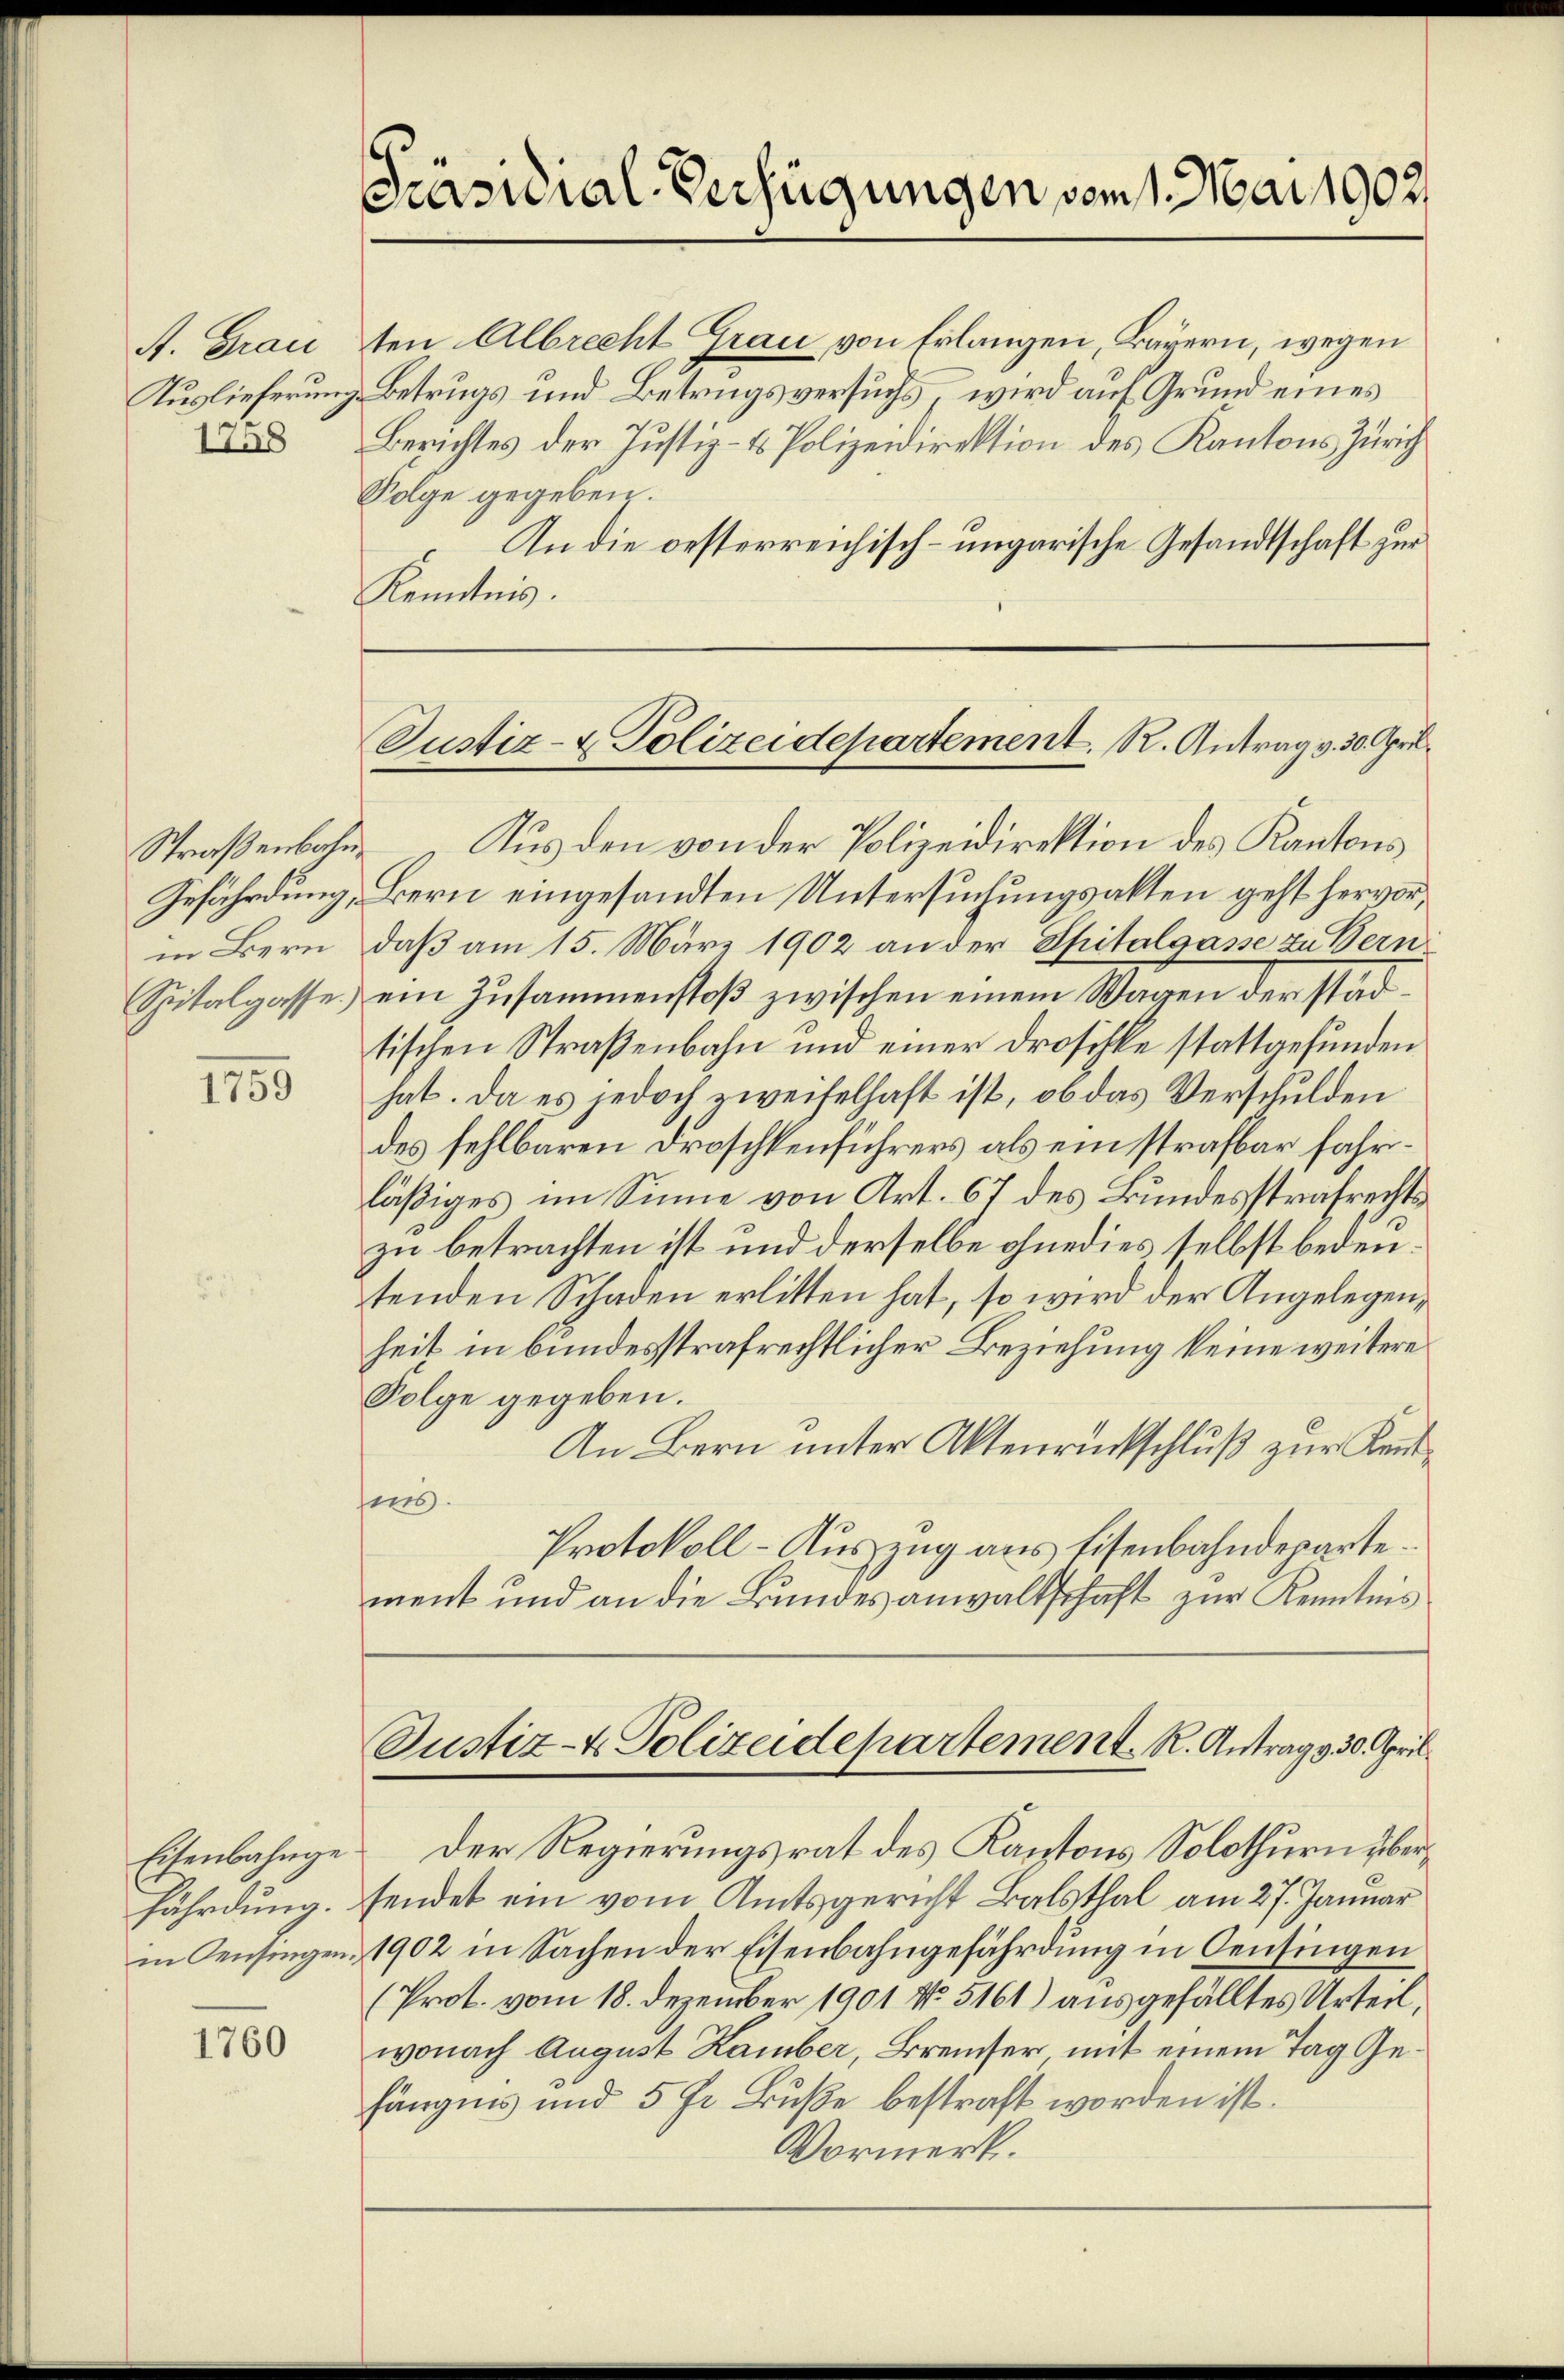
A. Grau
1758

in Bern
Spitalgasse

1759

Eisenbahnge
fährdung.
in Censingen.

1760

Präsidial-Verfügungen vom 1. Mai 1902.

ten Albrecht Grau von Erlangen, Bayern, wegen
Tuslieferung Betrugs und Betrugsversuchs, wird auf Grund eines
Berichtes der Justiz- & Polizeidirektion des Kantons Zürich
Folge gegeben.
An die oesterreichisch-ungarische Gesandtschaft zur
Kenntnis.

Justiz- & Polizeidepartement. R. Antrag v. 30. April.

Straßenbahn. Aus den von der Polizeidirektion des Kantons
Gefährdung, Bern eingesandten Untersuchungsakten geht hervor,
daß am 15. März 1902 an der Spitalgasse zu Bern
ein Zusammenstoβ zwischen einem Wagen der städtischen Straßenbahn und einer Droschke stattgefunden
hat. Da es jedoch zweifelhaft ist, ob das Verschulden
des fehlbaren Droschkenführers als ein strafbar fahrläßiges im Sinne von Art. 67 des Bundesstrafrechts
zu betrachten ist und derselbe ohnedies selbst bedeutenden Schaden erlitten hat, so wird der Angelegen,
heit in bundesstrafrechtlicher Beziehung keine weitere
Folge gegeben.
An Bern unter Aktenrückschluß zur Kenntsis.
Protokoll-Auszug aus Eisenbahndeparte.
ment und an die Bundesanwaltschaft zur Kenntnis
Justiz- & Polizeidepartement. R. Antrag 30. April.
Der Regierungsrat des Kantons Solothurn übersendet ein vom Amtsgericht Balsthal am 27. Januar
1902 in Sachen der Eisenbahngefährdung in Censingen
(Prot. vom 18. Dezember 1901 No. 5161) ausgefälltes Urteil,
wonach August Kamber, Breiser mit einem Tag Gefängnis und 5 fr. Buße bestraft worden ist.
Vormerk.